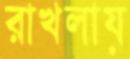
রাখলায়